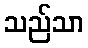
သည်သာ